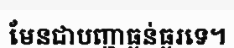
មែនជាបញ្ហាធ្ងន់ធ្ងរទេ។